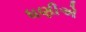
ધણીએ